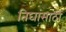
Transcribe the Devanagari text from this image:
तिघांसाठी